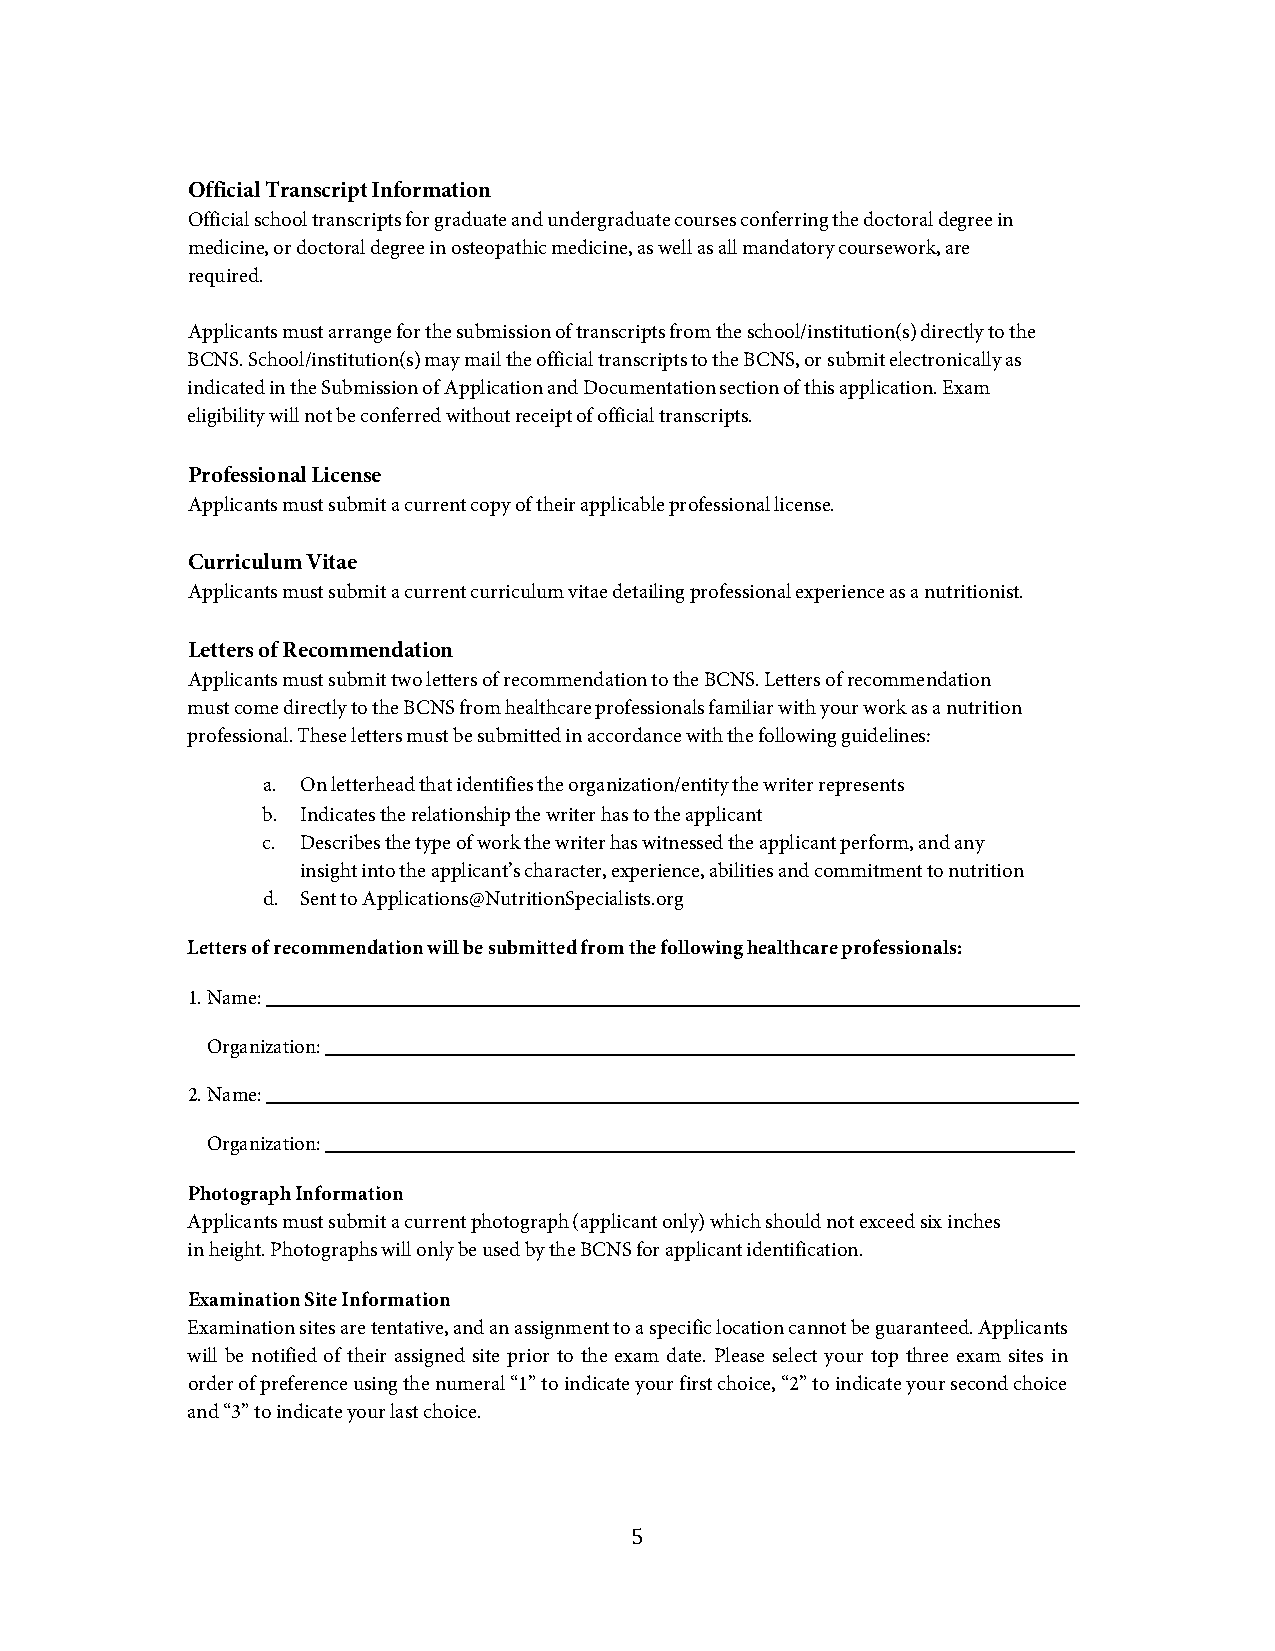
Official Transcript Information
 Official school transcripts for graduate and undergraduate courses conferring the doctoral degree in
 medicine, or doctoral degree in osteopathic medicine, as well as all mandatory coursework, are
 required.
 Applicants must arrange for the submission of transcripts from the school/institution(s) directly to the
 BCNS. School/institution(s) may mail the official transcripts to the BCNS, or submit electronically as
 indicated in the Submission of Application and Documentation section of this application. Exam
 eligibility will not be conferred without receipt of official transcripts.
 Professional License
 Applicants must submit a current copy of their applicable professional license.
 Curriculum Vitae
 Applicants must submit a current curriculum vitae detailing professional experience as a nutritionist.
 Letters of Recommendation
 Applicants must submit two letters of recommendation to the BCNS. Letters of recommendation
 must come directly to the BCNS from healthcare professionals familiar with your work as a nutrition
 professional. These letters must be submitted in accordance with the following guidelines:
 a. On letterhead that identifies the organization/entity the writer represents
 b. Indicates the relationship the writer has to the applicant
 c. Describes the type of work the writer has witnessed the applicant perform, and any
 insight into the applicant’s character, experience, abilities and commitment to nutrition
 d. Sent to Applications@NutritionSpecialists.org
 Letters of recommendation will be submitted from the following healthcare professionals:
 1. Name:
 Organization:
 2. Name:
 Organization:
 Photograph Information
 Applicants must submit a current photograph (applicant only) which should not exceed six inches
 in height. Photographs will only be used by the BCNS for applicant identification.
 Examination Site Information
 Examination sites are tentative, and an assignment to a specific location cannot be guaranteed. Applicants
 will be notified of their assigned site prior to the exam date. Please select your top three exam sites in
 order of preference using the numeral “1” to indicate your first choice, “2” to indicate your second choice
 and “3” to indicate your last choice.
 August 2018
 5